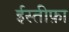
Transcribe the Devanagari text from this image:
ईस्तीफ़ा